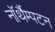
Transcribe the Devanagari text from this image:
नॉर्थैम्पटन